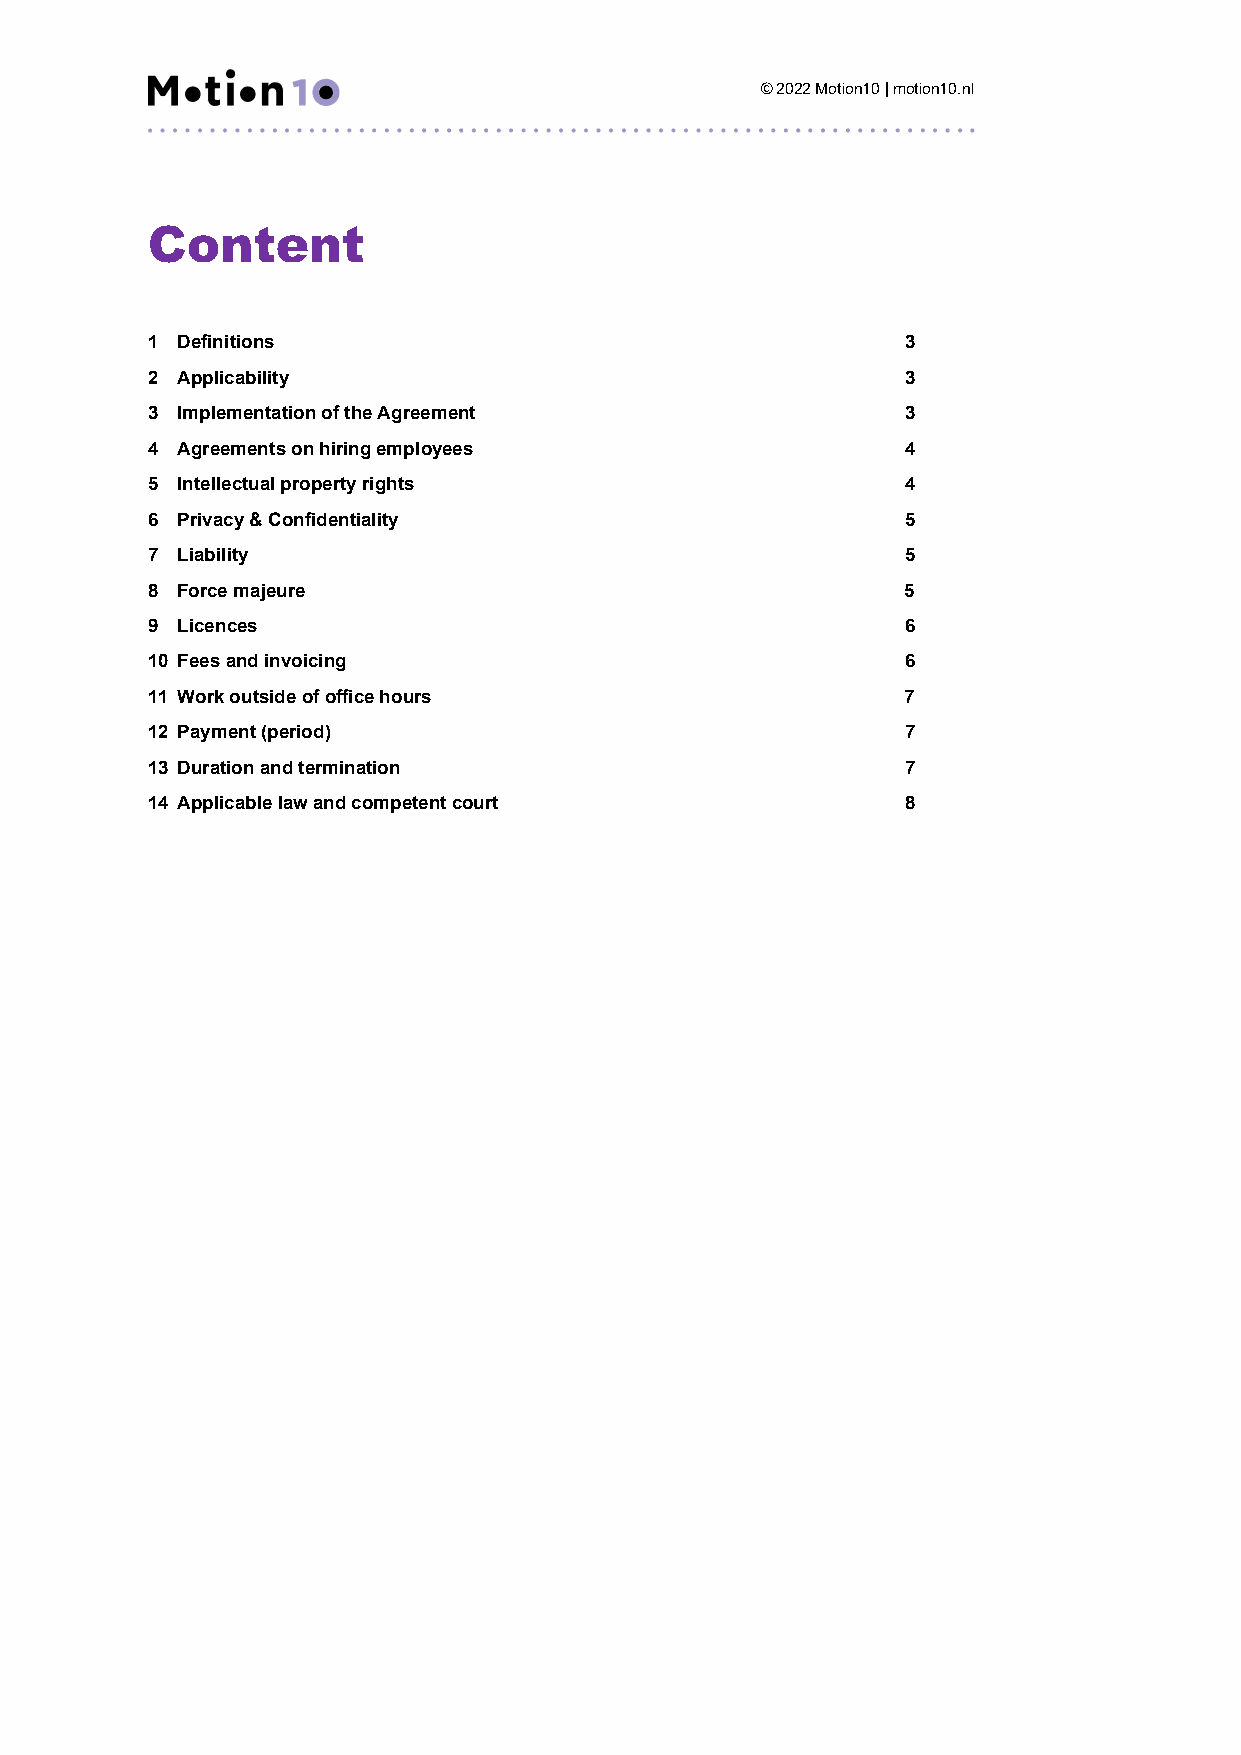
© 2022 Motion10 | motion10.nl
 Content
 1 Definitions                                     3
 2 Applicability                                   3
 3 Implementation of the Agreement                 3
 4 Agreements on hiring employees                  4
 5 Intellectual property rights                    4
 6 Privacy & Confidentiality                       5
 7 Liability                                       5
 8 Force majeure                                   5
 9 Licences                                        6
 10 Fees and invoicing                             6
 11 Work outside of office hours                   7
 12 Payment (period)                               7
 13 Duration and termination                       7
 14 Applicable law and competent court             8